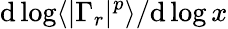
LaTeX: \mathrm{d}\log\langle|\Gamma_{r}|^{p}\rangle/\mathrm{d}\log x